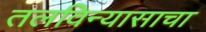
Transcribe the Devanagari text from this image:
तलविन्यासाचा